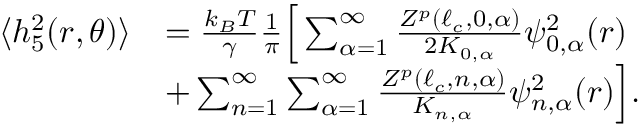
\begin{array} { r l } { \langle h _ { 5 } ^ { 2 } ( r , \theta ) \rangle } & { = \frac { k _ { B } T } { \gamma } \frac { 1 } { \pi } \Big [ \sum _ { \alpha = 1 } ^ { \infty } \frac { Z ^ { p } ( \ell _ { c } , 0 , \alpha ) } { 2 K _ { 0 , \alpha } } \psi _ { 0 , \alpha } ^ { 2 } ( r ) } \\ & { + \sum _ { n = 1 } ^ { \infty } \sum _ { \alpha = 1 } ^ { \infty } \frac { Z ^ { p } ( \ell _ { c } , n , \alpha ) } { K _ { n , \alpha } } \psi _ { n , \alpha } ^ { 2 } ( r ) \Big ] . } \end{array}